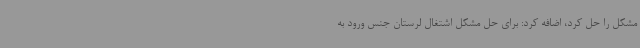
مشکل را حل کرد، اضافه کرد: برای حل مشکل اشتغال لرستان جنس ورود به